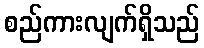
စည်ကားလျက်ရှိသည်